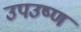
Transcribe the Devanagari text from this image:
उपउष्ण